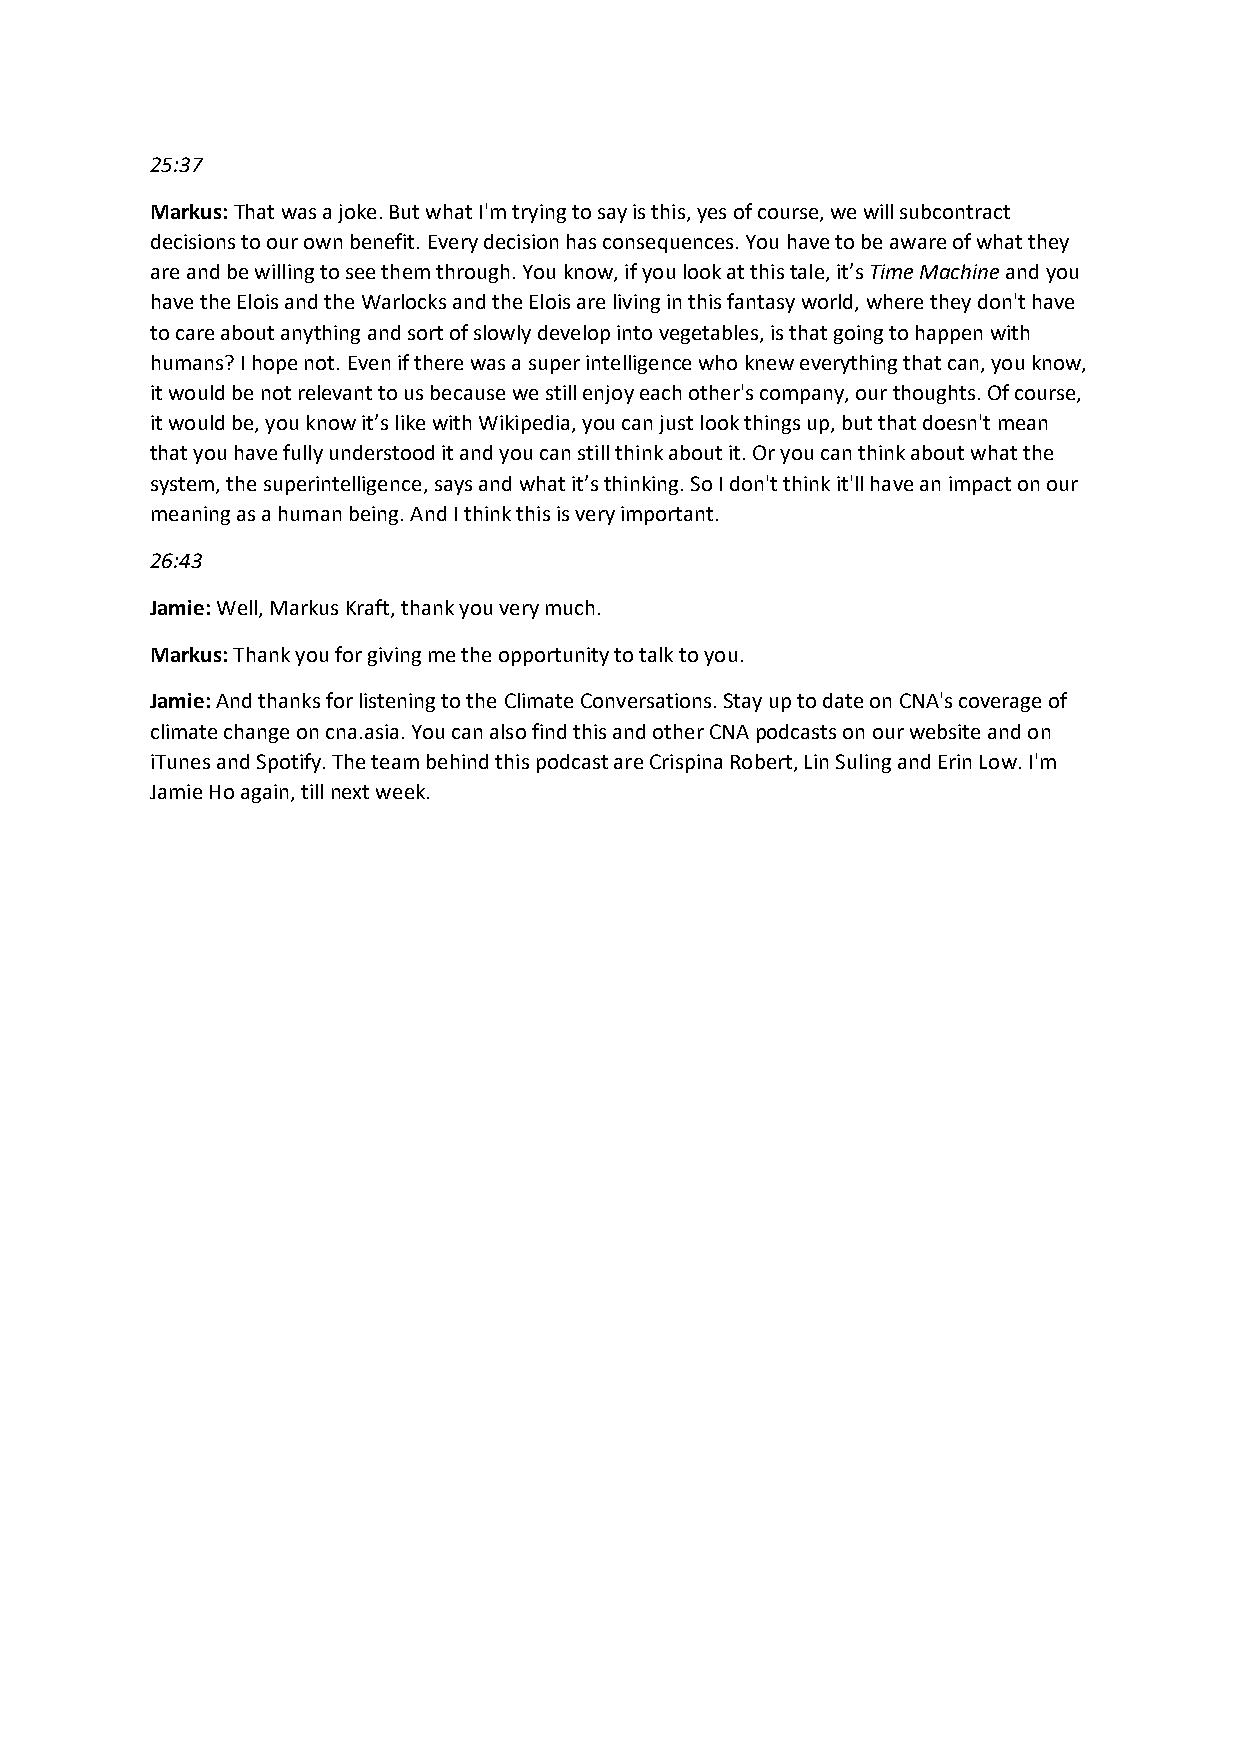
25:37
 Markus: That was a joke. But what I'm trying to say is this, yes of course, we will subcontract
 decisions to our own benefit. Every decision has consequences. You have to be aware of what they
 are and be willing to see them through. You know, if you look at this tale, it’s Time Machine and you
 have the Elois and the Warlocks and the Elois are living in this fantasy world, where they don't have
 to care about anything and sort of slowly develop into vegetables, is that going to happen with
 humans? I hope not. Even if there was a super intelligence who knew everything that can, you know,
 it would be not relevant to us because we still enjoy each other's company, our thoughts. Of course,
 it would be, you know it’s like with Wikipedia, you can just look things up, but that doesn't mean
 that you have fully understood it and you can still think about it. Or you can think about what the
 system, the superintelligence, says and what it’s thinking. So I don't think it'll have an impact on our
 meaning as a human being. And I think this is very important.
 26:43
 Jamie: Well, Markus Kraft, thank you very much.
 Markus: Thank you for giving me the opportunity to talk to you.
 Jamie: And thanks for listening to the Climate Conversations. Stay up to date on CNA's coverage of
 climate change on cna.asia. You can also find this and other CNA podcasts on our website and on
 iTunes and Spotify. The team behind this podcast are Crispina Robert, Lin Suling and Erin Low. I'm
 Jamie Ho again, till next week.